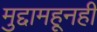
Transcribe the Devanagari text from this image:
मुद्दामहूनही